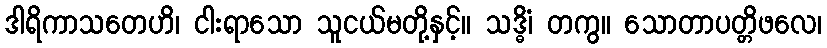
ဒါရိကာသတေဟိ၊ ငါးရာသော သူငယ်မတို့နှင့်။ သဒ္ဓိံ၊ တကွ။ သောတာပတ္တိဖလေ၊